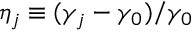
\eta _ { j } \equiv ( \gamma _ { j } - \gamma _ { 0 } ) / \gamma _ { 0 }